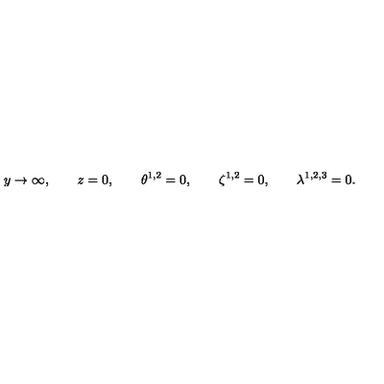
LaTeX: y \rightarrow \infty , \qquad z = 0 , \qquad \theta ^ { 1 , 2 } = 0 , \qquad \zeta ^ { 1 , 2 } = 0 , \qquad \lambda ^ { 1 , 2 , 3 } = 0 .